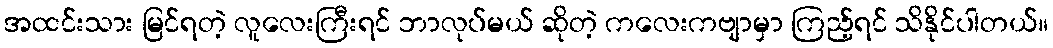
အထင်းသား မြင်ရတဲ့ လူလေးကြီးရင် ဘာလုပ်မယ် ဆိုတဲ့ ကလေးကဗျာမှာ ကြည့်ရင် သိနိုင်ပါတယ်။